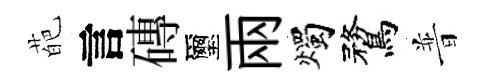
葩言磚璽兩燭鶩普